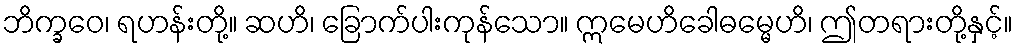
ဘိက္ခဝေ၊ ရဟန်းတို့။ ဆဟိ၊ ခြောက်ပါးကုန်သော။ ဣမေဟိခေါဓမ္မေဟိ၊ ဤတရားတို့နှင့်။